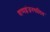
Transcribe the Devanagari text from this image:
वाष्पइंजनचालित